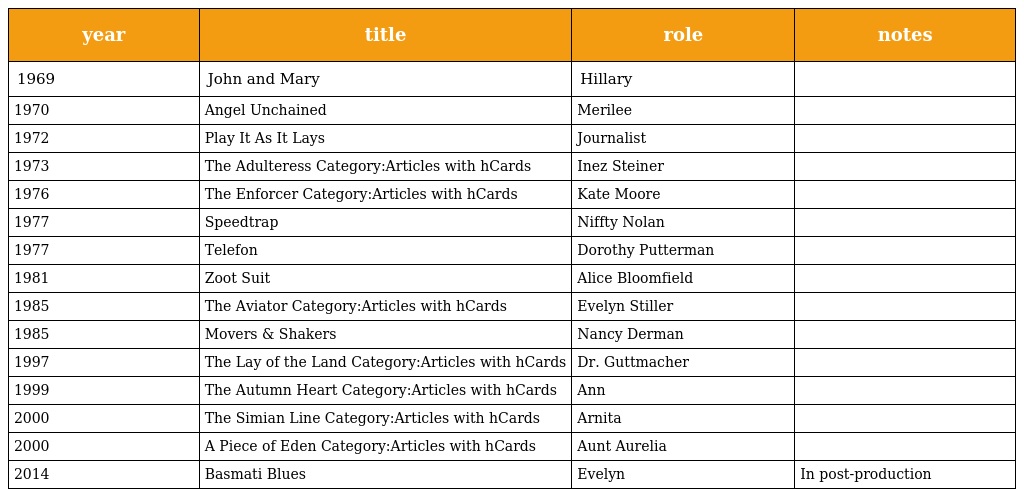
| year | title | role | notes |
 | --- | --- | --- | --- |
 | 1969 | John and Mary | Hillary |  |
 | 1970 | Angel Unchained | Merilee |  |
 | 1972 | Play It As It Lays | Journalist |  |
 | 1973 | The Adulteress Category:Articles with hCards | Inez Steiner |  |
 | 1976 | The Enforcer Category:Articles with hCards | Kate Moore |  |
 | 1977 | Speedtrap | Niffty Nolan |  |
 | 1977 | Telefon | Dorothy Putterman |  |
 | 1981 | Zoot Suit | Alice Bloomfield |  |
 | 1985 | The Aviator Category:Articles with hCards | Evelyn Stiller |  |
 | 1985 | Movers & Shakers | Nancy Derman |  |
 | 1997 | The Lay of the Land Category:Articles with hCards | Dr. Guttmacher |  |
 | 1999 | The Autumn Heart Category:Articles with hCards | Ann |  |
 | 2000 | The Simian Line Category:Articles with hCards | Arnita |  |
 | 2000 | A Piece of Eden Category:Articles with hCards | Aunt Aurelia |  |
 | 2014 | Basmati Blues | Evelyn | In post-production |